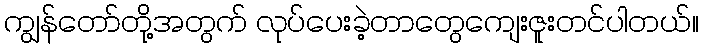
ကျွန်တော်တို့အတွက် လုပ်ပေးခဲ့တာတွေကျေးဇူးတင်ပါတယ်။